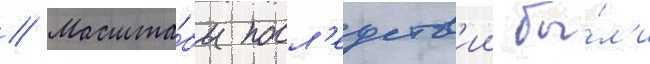
// Масшта́бы посл'едств'ии бы́л'и